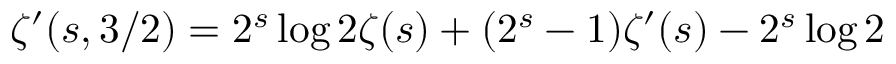
\zeta ^ { \prime } ( s , 3 / 2 ) = 2 ^ { s } \log 2 \zeta ( s ) + ( 2 ^ { s } - 1 ) \zeta ^ { \prime } ( s ) - 2 ^ { s } \log 2